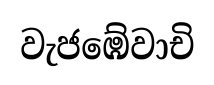
වැජඹේවාචි